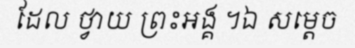
ដែល ថ្វាយ ព្រះអង្គ ។ឯ សម្តេច